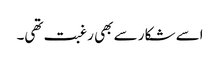
اسے شکار سے بھی رغبت تھی۔